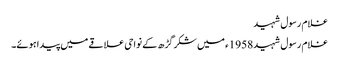
غلام رسول شہید
غلام رسول شہید 1958ء میں شکر گڑھ کے نواحی علاقے میں پیدا ہوئے۔